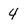
Character: 4